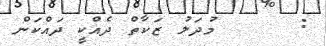
:      މުދަލު ޒަކާތް ދެއްކީ ދައްކަން